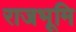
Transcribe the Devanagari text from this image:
राजभूमि